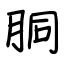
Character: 胴